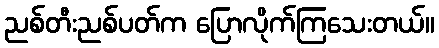
ညစ်တီးညစ်ပတ်က ပြောလိုက်ကြသေးတယ်။